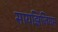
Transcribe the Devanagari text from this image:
सायझिजियम